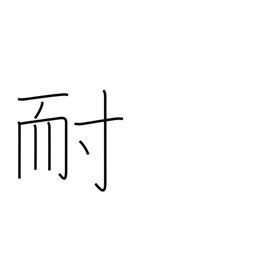
Meaning: enduring